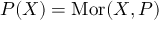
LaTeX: P ( X ) = \operatorname { M o r } ( X , P )